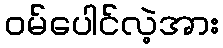
ဝမ်ပေါင်လဲ့အား